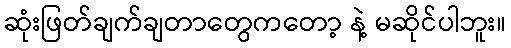
ဆုံးဖြတ်ချက်ချတာတွေကတော့ နဲ့ မဆိုင်ပါဘူး။